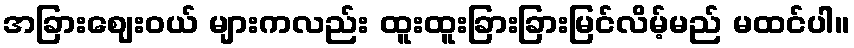
အခြားဈေးဝယ် များကလည်း ထူးထူးခြားခြားမြင်လိမ့်မည် မထင်ပါ။